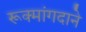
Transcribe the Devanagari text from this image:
रूक्मांगदाने